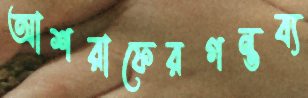
আশরাফেরগন্তব্য